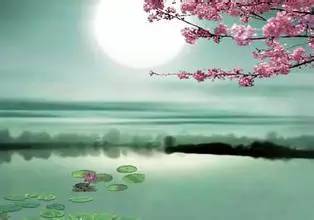
江畔何人初见月？江月何年初照人？